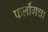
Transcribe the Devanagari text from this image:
फर्लाँगचा